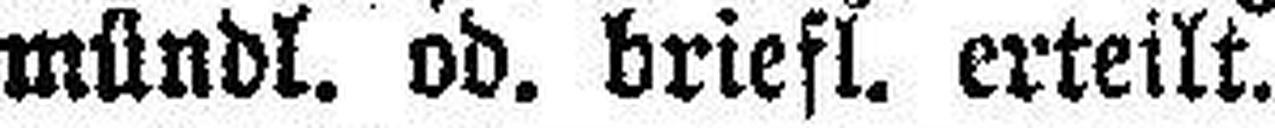
mündl. od. briefl. erteilt.